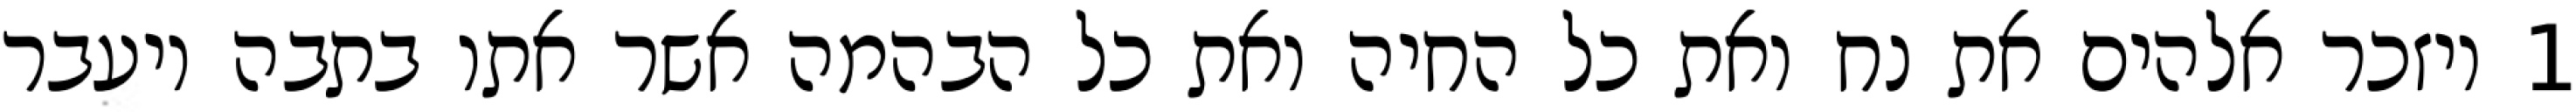
1 ויזכר אלהים את נח ואת כל החיה ואת כל הבהמה אשר אתו בתבה ויעבר